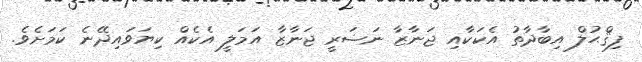
ފިޤްޙުލް އިބާދާތު އެކަކާއި ޖަނާޒާ ނަޟަރީ ޖަނާޒާ އަމަލީ އެކެއް ކިޔަވައިދޭނެ ކަމަށެވެ.